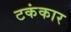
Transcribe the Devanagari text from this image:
टकंकार